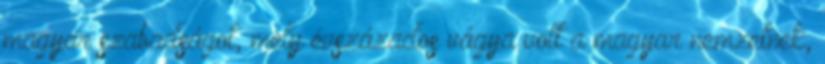
magyar szabadságot, mely évszázados vágya volt a magyar nemzetnek,